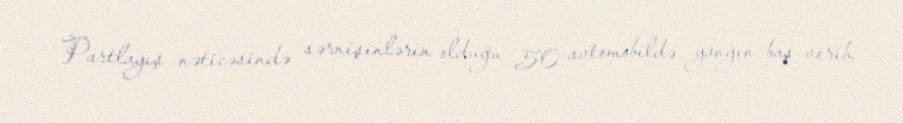
Partlayış nəticəsində sərnişinlərin olduğu 50 avtomobildə yanğın baş verib.